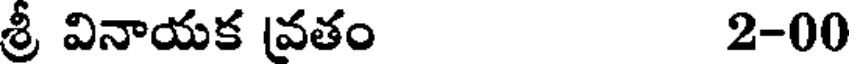
శ్రీ వినాయక వతం 2-00